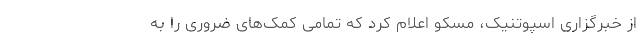
از خبرگزاری اسپوتنیک، مسکو اعلام کرد که تمامی کمک‌های ضروری را به